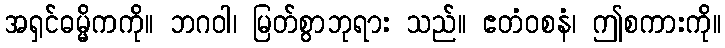
အရှင်ဓမ္မိကကို။ ဘဂဝါ၊ မြတ်စွာဘုရား သည်။ ဧတံဝစနံ၊ ဤစကားကို။